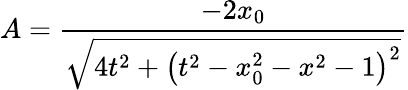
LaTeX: A=\frac{-2x_{0}}{\sqrt{4t^{2}+\left(t^{2}-x_{0}^{2}-x^{2}-1\right)^{2}}}